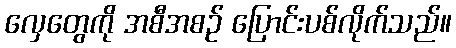
လှေတွေကို အစီအစဉ် ပြောင်းပစ်လိုက်သည်။